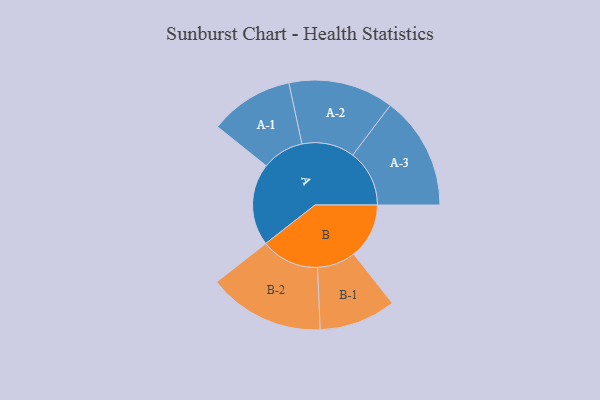
{"axis": {"x": "Segment", "y": "Value"}, "legend": ["", "A", "B"], "data": [{"x": "A", "y": 328, "type": ""}, {"x": "B", "y": 221, "type": ""}, {"x": "A-1", "y": 167, "type": "A"}, {"x": "A-2", "y": 210, "type": "A"}, {"x": "A-3", "y": 226, "type": "A"}, {"x": "B-1", "y": 153, "type": "B"}, {"x": "B-2", "y": 232, "type": "B"}]}